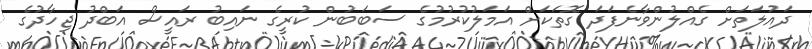
ދައުލަތަށް ގެއްލުންވާނެފަދަ ގޮތަކަށް އަމަލުކުރުމުގެ ސަބަބުން ކުރީގެ ނައިބު ރައީސް އަބްދު ޖިހާދުގެ